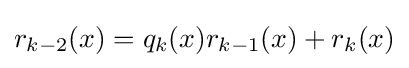
r_{k-2}(x)=q_{k}(x)r_{k-1}(x)+r_{k}(x)